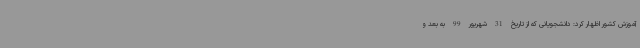
آموزش کشور اظهار کرد: دانشجویانی که از تاریخ 31 شهریور 99 به بعد و